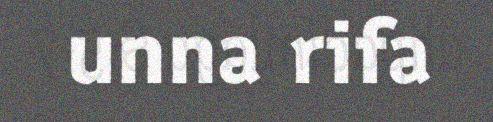
unna rifa